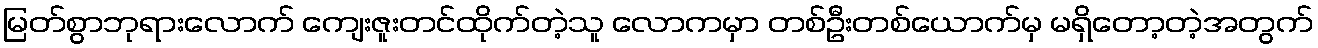
မြတ်စွာဘုရားလောက် ကျေးဇူးတင်ထိုက်တဲ့သူ လောကမှာ တစ်ဦးတစ်ယောက်မှ မရှိတော့တဲ့အတွက်